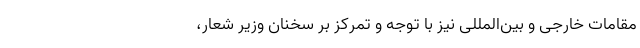
مقامات خارجی و بین‌المللی نیز با توجه و تمرکز بر سخنان وزیر شعار،